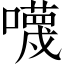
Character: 𡃙